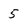
Character: 5